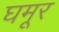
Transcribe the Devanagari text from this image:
घमूर